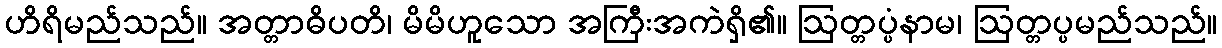
ဟိရိမည်သည်။ အတ္တာဓိပတိ၊ မိမိဟူသော အကြီးအကဲရှိ၏။ ဩတ္တပ္ပံနာမ၊ ဩတ္တပ္ပမည်သည်။